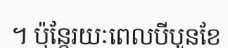
។ ប៉ុន្តែរយៈពេលបីបួនខែ